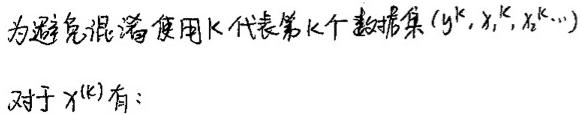
为避免混淆使用$k$代表第$k$个数据集$(y^{k}, x_{1}^{k}, x_{2}^{k},\cdots)$
对于$x^{(k)}$有：